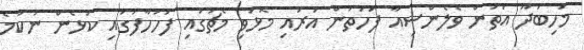
މަހިބަދޫ އަތުން ވެލެންސިއާ ފަހަތުން އަރައި މޮޅުވި މެޗުގައި ފަހުހާފުގައި ކުޅެން ނުކުމެ